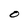
Character: O